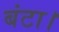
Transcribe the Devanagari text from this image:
बंटा।